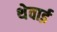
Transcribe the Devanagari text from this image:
थेवाई